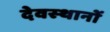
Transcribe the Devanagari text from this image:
देवस्‍थानों